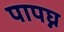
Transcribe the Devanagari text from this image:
पापघ्न